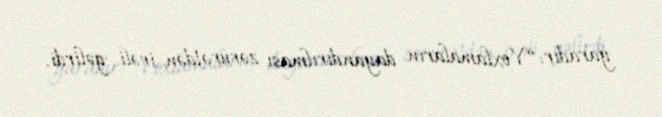
yaradır: “Yoxlamaların dayandırılması zərurətdən irəli gəlirdi.